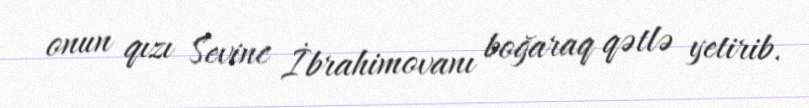
onun qızı Sevinc İbrahimovanı boğaraq qətlə yetirib.